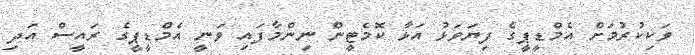
ވަކިކުރުމަށް އެމްޑީޕީގެ ފިޔަވަޅު އަޅާ ކޮމެޓީން ނިންމާފައި ވަނީ އެމްޑީޕީގެ ރައީސް އަދި